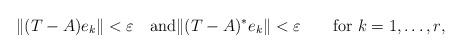
LaTeX: \begin{align*} \|(T-A)e_{k}\|<\varepsilon\quad{\rm and} \|(T-A)^{*}e_{k}\|<\varepsilon \qquad\hbox{for $k=1,\dots ,r$},\end{align*}